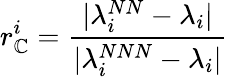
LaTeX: r_{\mathbb{C}}^{i}=\frac{\lvert\lambda_{i}^{NN}-\lambda_{i}\rvert}{\lvert\lambda_{i}^{NNN}-\lambda_{i}\rvert}